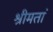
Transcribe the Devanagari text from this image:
श्रीमतां